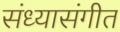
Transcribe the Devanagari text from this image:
संध्यासंगीत